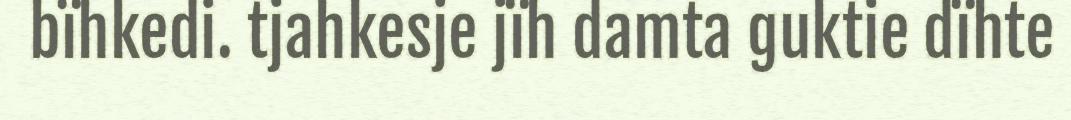
bïhkedi. tjahkesje jïh damta guktie dïhte